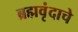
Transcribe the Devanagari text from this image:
ब्रह्मवृंदाचे